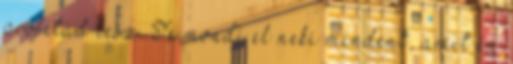
prófétád lesz. Te mondj el neki mindent, amit én